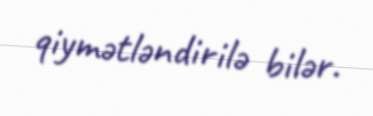
qiymətləndirilə bilər.